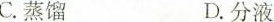
C.蒸馏 D.分液